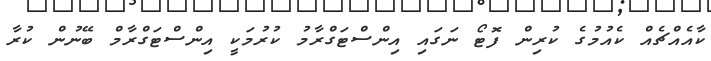
ކާއެއްޗެއް ކެއުމުގެ ކުރިން ފޮޓޯ ނަގައި އިންސްޓަގްރާމު ކުރުމަކީ އިންސްޓަގްރާމް ބޭނުން ކުރާ